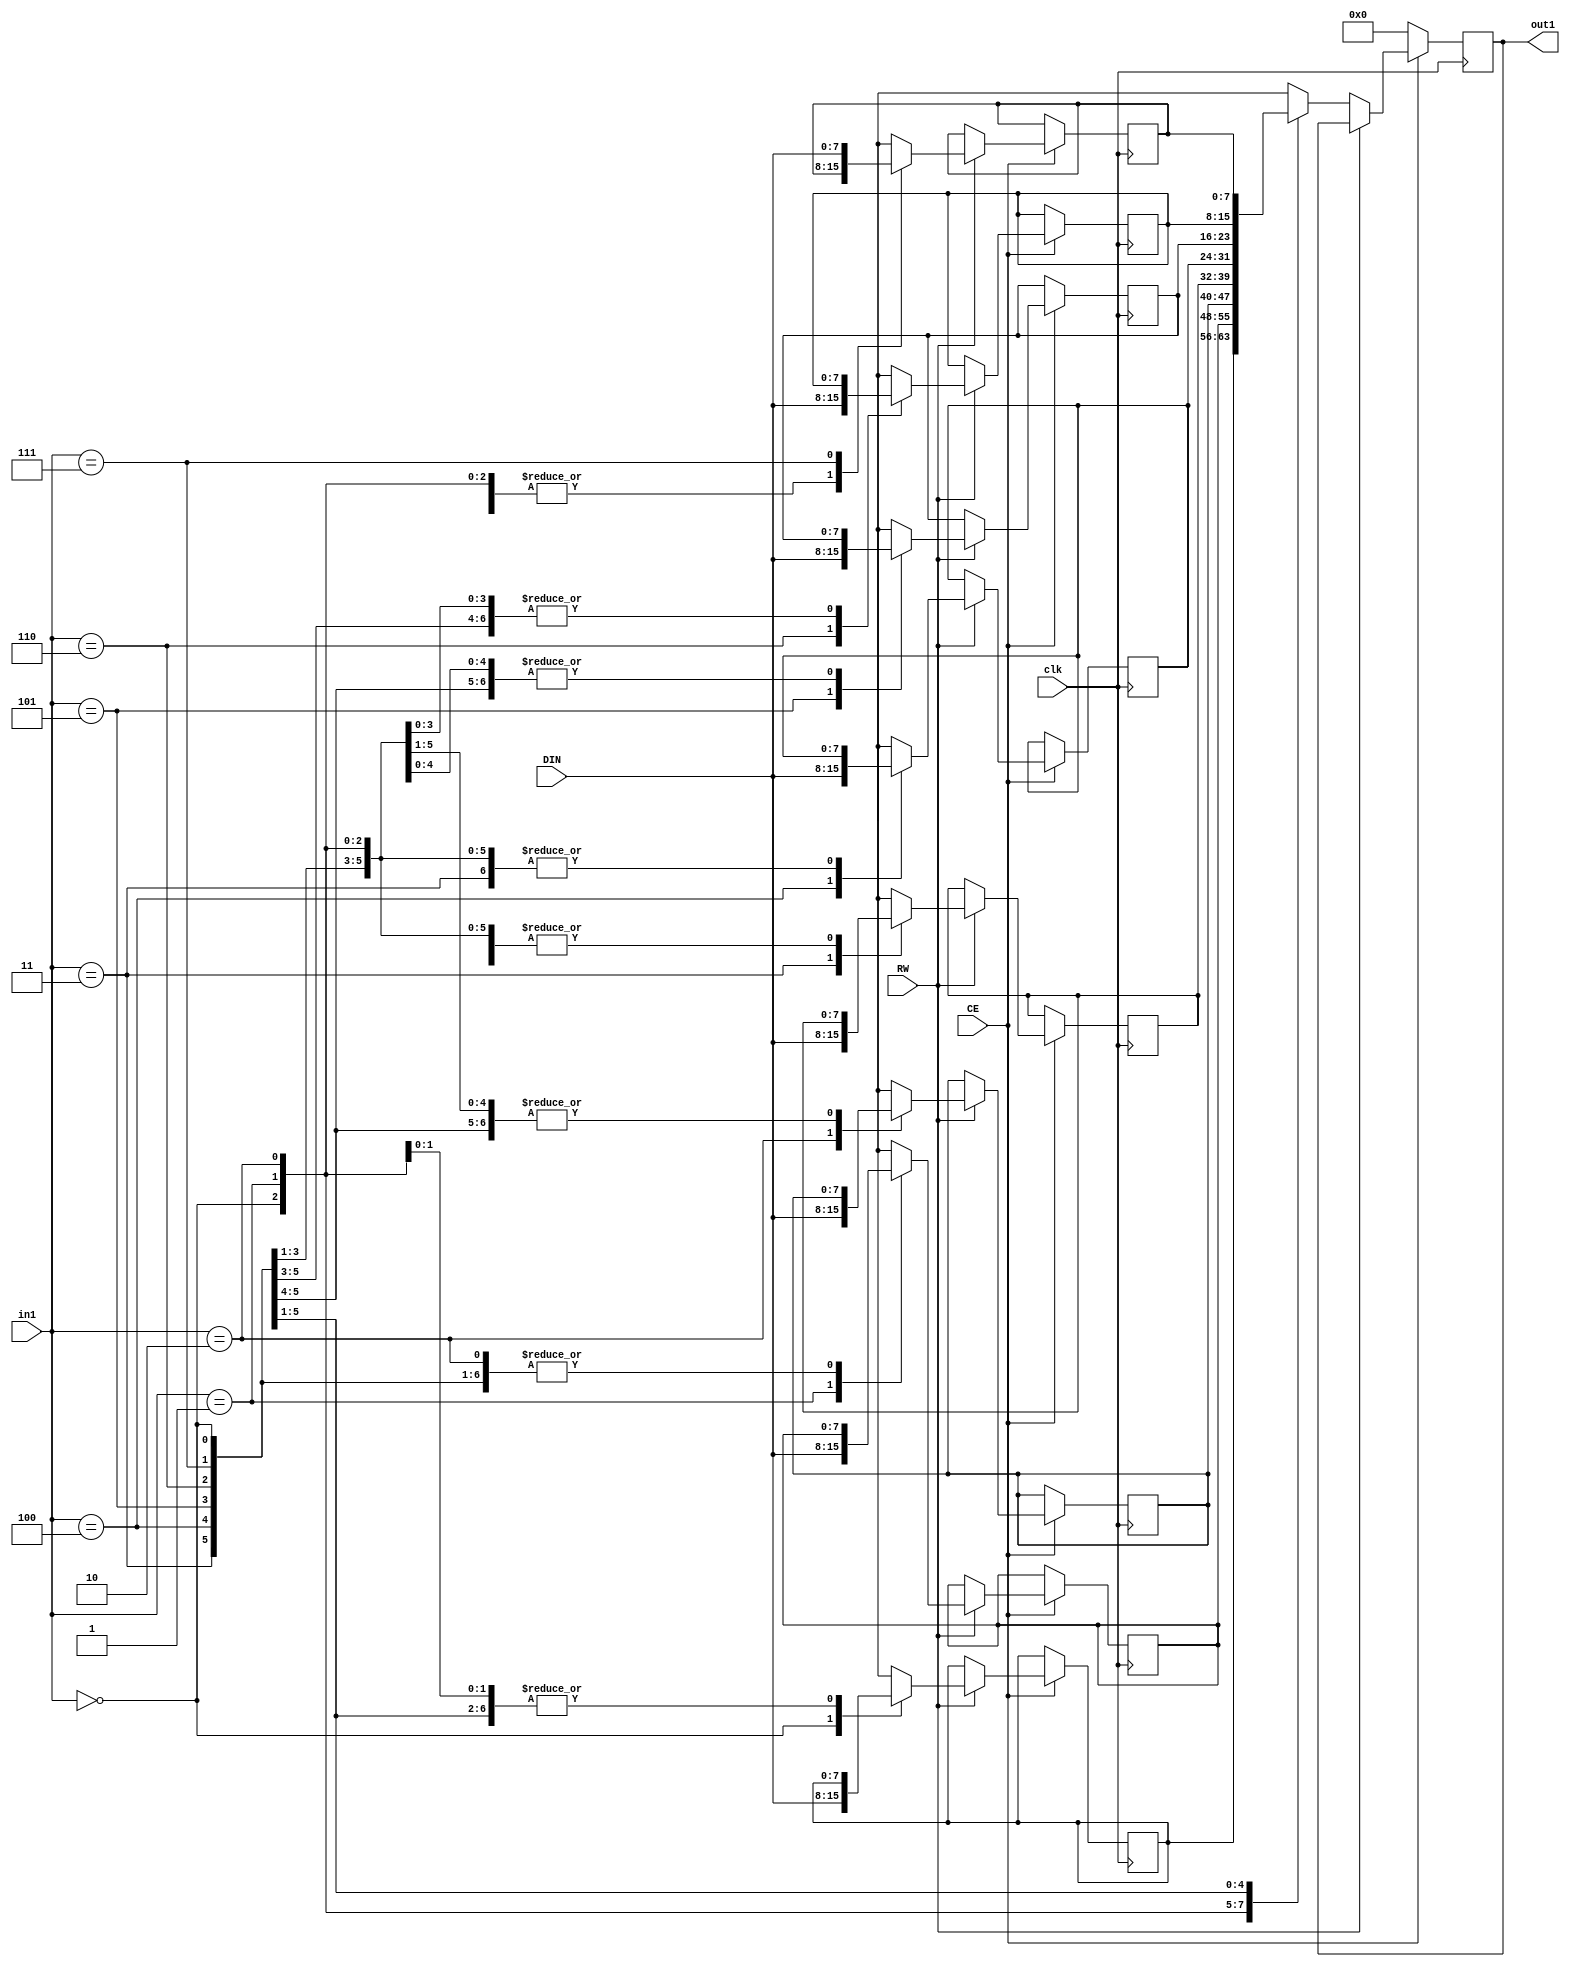
// Generated by stratus_hls 19.25-s100  (93142.260418)
// Wed Sep  7 16:24:57 2022
// from fir.cc

`timescale 1ps / 1ps

      
module fir_RAM_8X8_1(DIN, CE, RW, in1, out1, clk);

      input [7:0] DIN;
      input CE;
      input RW;
      input [2:0] in1;
      input clk;
      output [7:0] out1;
      reg [7:0] out1;
      reg[7:0] mem[7:0];

         always @(posedge clk)
          begin :fir_RAM_8X8_1_thread_1
            if (CE) begin
               if (RW) begin
                  mem[in1] = DIN;
               end
               else begin
                  out1 <= mem[in1];
               end
            end
            else begin
               out1 <= 8'd000;
            end
         end


endmodule